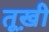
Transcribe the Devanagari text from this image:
तूख़ी